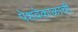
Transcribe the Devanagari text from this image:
पेशवेकाळाची